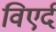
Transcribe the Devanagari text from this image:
विएर्द